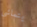
يتماشى